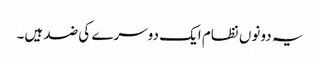
یہ دونوں نظام ایک دوسرے کی ضد ہیں۔